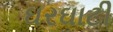
ઘરઘાટી